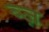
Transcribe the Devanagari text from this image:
ब्ज़